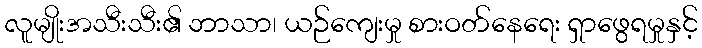
လူမျိုးအသီးသီး၏ ဘာသာ၊ ယဉ်ကျေးမှု စားဝတ်နေရေး ရှာဖွေရမှုနှင့်